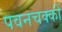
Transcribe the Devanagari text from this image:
पवनचक्कीं